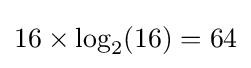
16\times \log _{2}(16)=64